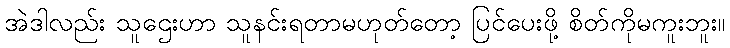
အဲဒါလည်း သူဌေးဟာ သူနင်းရတာမဟုတ်တော့ ပြင်ပေးဖို့ စိတ်ကိုမကူးဘူး။